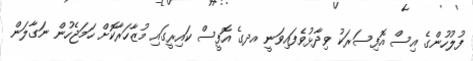
ފުލުހުންގެ އިސް އޮފިސަރަކު ވިދާޅުވެފައިވަނީ އދގެ އޮފީސް ކައިރީގައި މުޒާހަރާކޮށް ހަމަޖެހުން ނަގާލަން